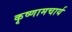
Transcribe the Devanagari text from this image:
कृष्णामचार्य